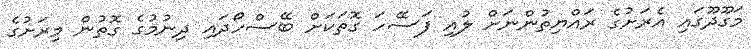
މަގޫދޫގައި އެރަށުގެ ރައްޔިތުންނަށް ލުއި ފަސޭހަ ގޮތަކަށް ބޭސްހޯދައި ދިނުމުގެ ގޮތުން މިރަށުގެ